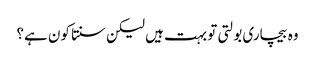
وہ بیچاری بولتی تو بہت ہیں لیکن سنتا کون ہے؟